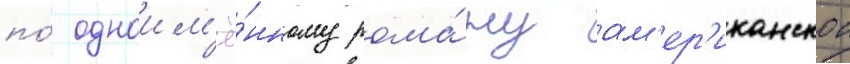
по́ одноим'ё́нному рома́ну ам'ер'иканскои